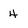
Character: 4